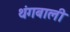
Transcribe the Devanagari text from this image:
थंगबाली